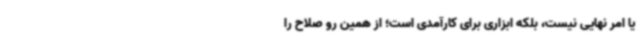
یا امر نهایی نیست، بلکه ابزاری برای کارآمدی است؛ از همین رو صلاح را